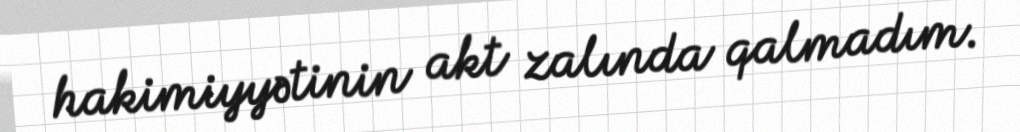
hakimiyyətinin akt zalında qalmadım.